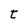
Character: t